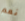
نعم